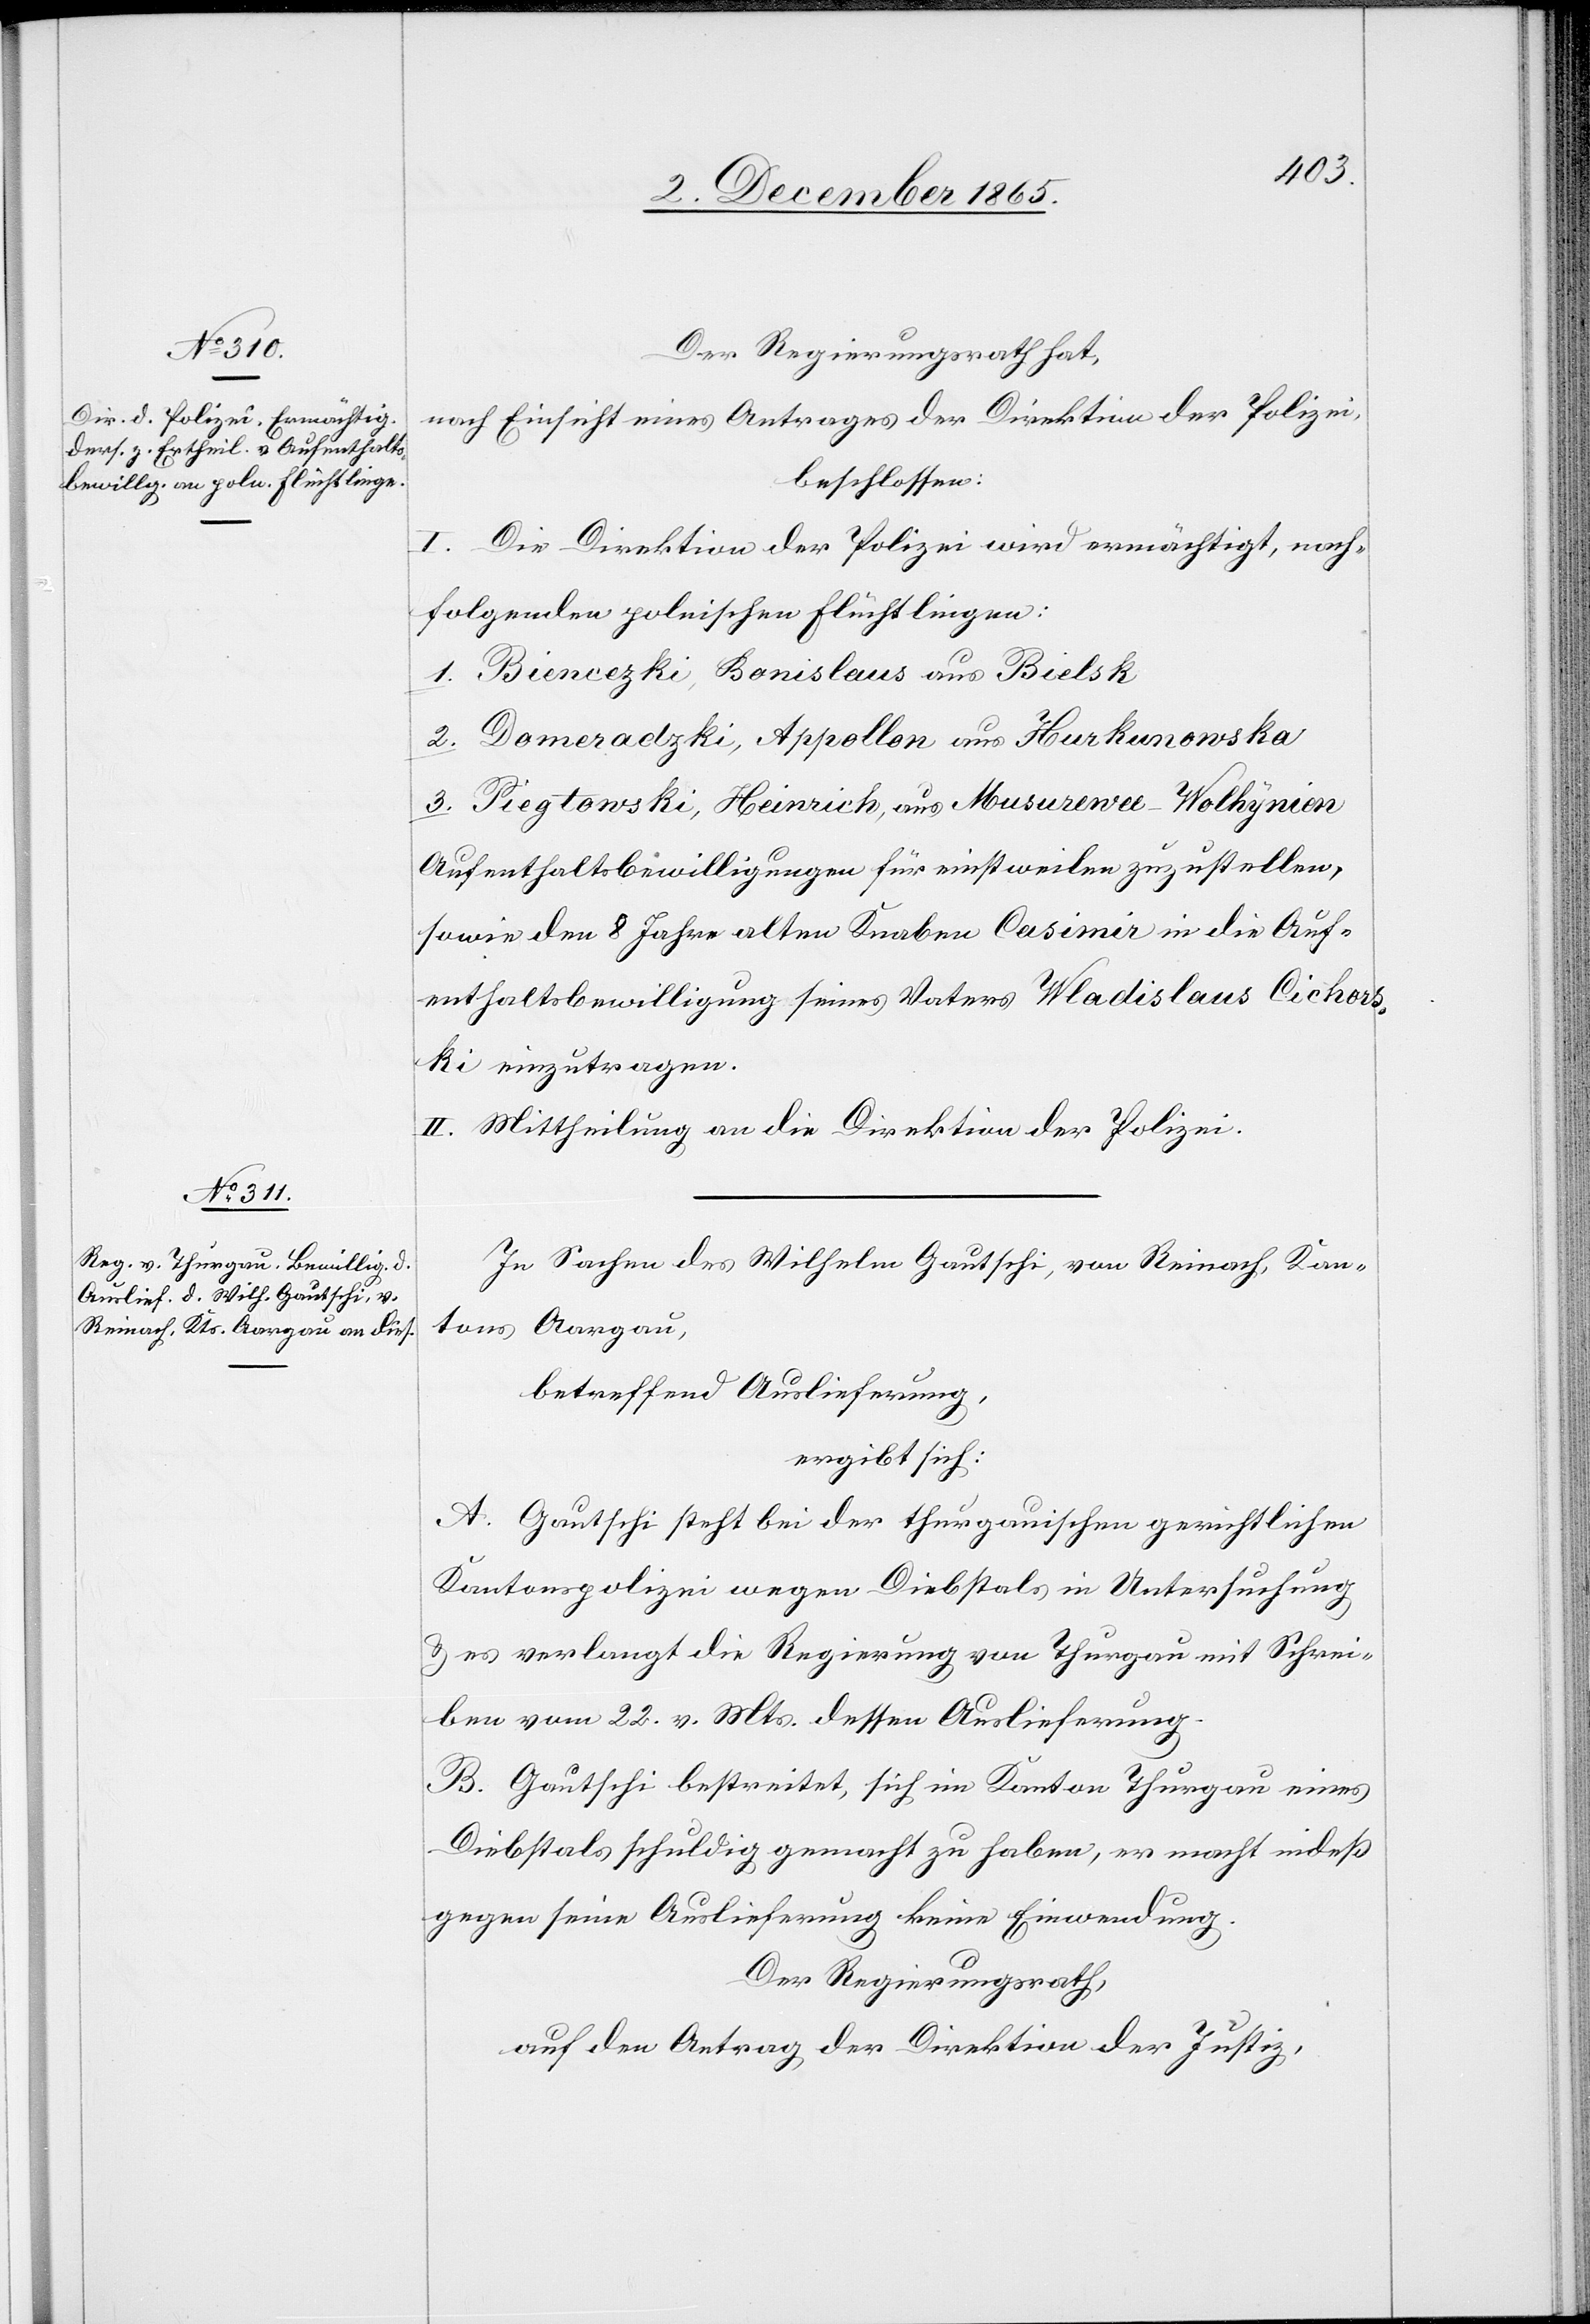
Der Regierungsrath hat,
nach Einsicht eines Antrages der Direktion der Polizei,
beschlossen:
I. Die Direktion der Polizei wird ermächtigt, nach¬
folgenden polnischen Flüchtlingen:
1. Biencezki, Bonisleus aus Bielsk
2. Domeradzki, Appollon aus Hurkunonwska
3. Piegtowski, Heinrich, aus Musurewu - Wolhynion
Aufenthaltsbewilligungen für einstweilen zuzustellen,
sowie den 8 Jahre alten Knaben Casimir in die Auf¬
enthaltsbewilligung seines Vaters Wladislaus Cichors¬
ki einzutragen.
II. Mittheilung an die Direktion der Polizei.
In Sachen des Wilhelm Gautschi, von Reinach, Kan¬
tons Aargau,
betreffend Auslieferung,
ergibt sich:
A. Gautschi steht bei der thurgauischen gerichtlichen
Kantonspolizei wegen Diebstals in Untersuchung
& es verlangt die Regierung von Thurgau mit Schrei¬
ben vom 22. v. Mts. dessen Auslieferung.
B. Gautschi bestreitet, sich im Kanton Thurgau eines
Diebstals schuldig gemacht zu haben, er macht indeß
gegen seine Auslieferung keine Einwendung.
Der Regierungsrath,
auf den Antrag der Direktion der Justiz,